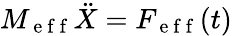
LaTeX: M_{\mathrm{~e~f~f~}}\ddot{X}=F_{\mathrm{~e~f~f~}}(t)